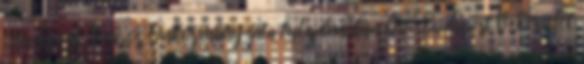
: Budapest Főváros Önkormányzata tulajdonában lévő Budapest V. kerület